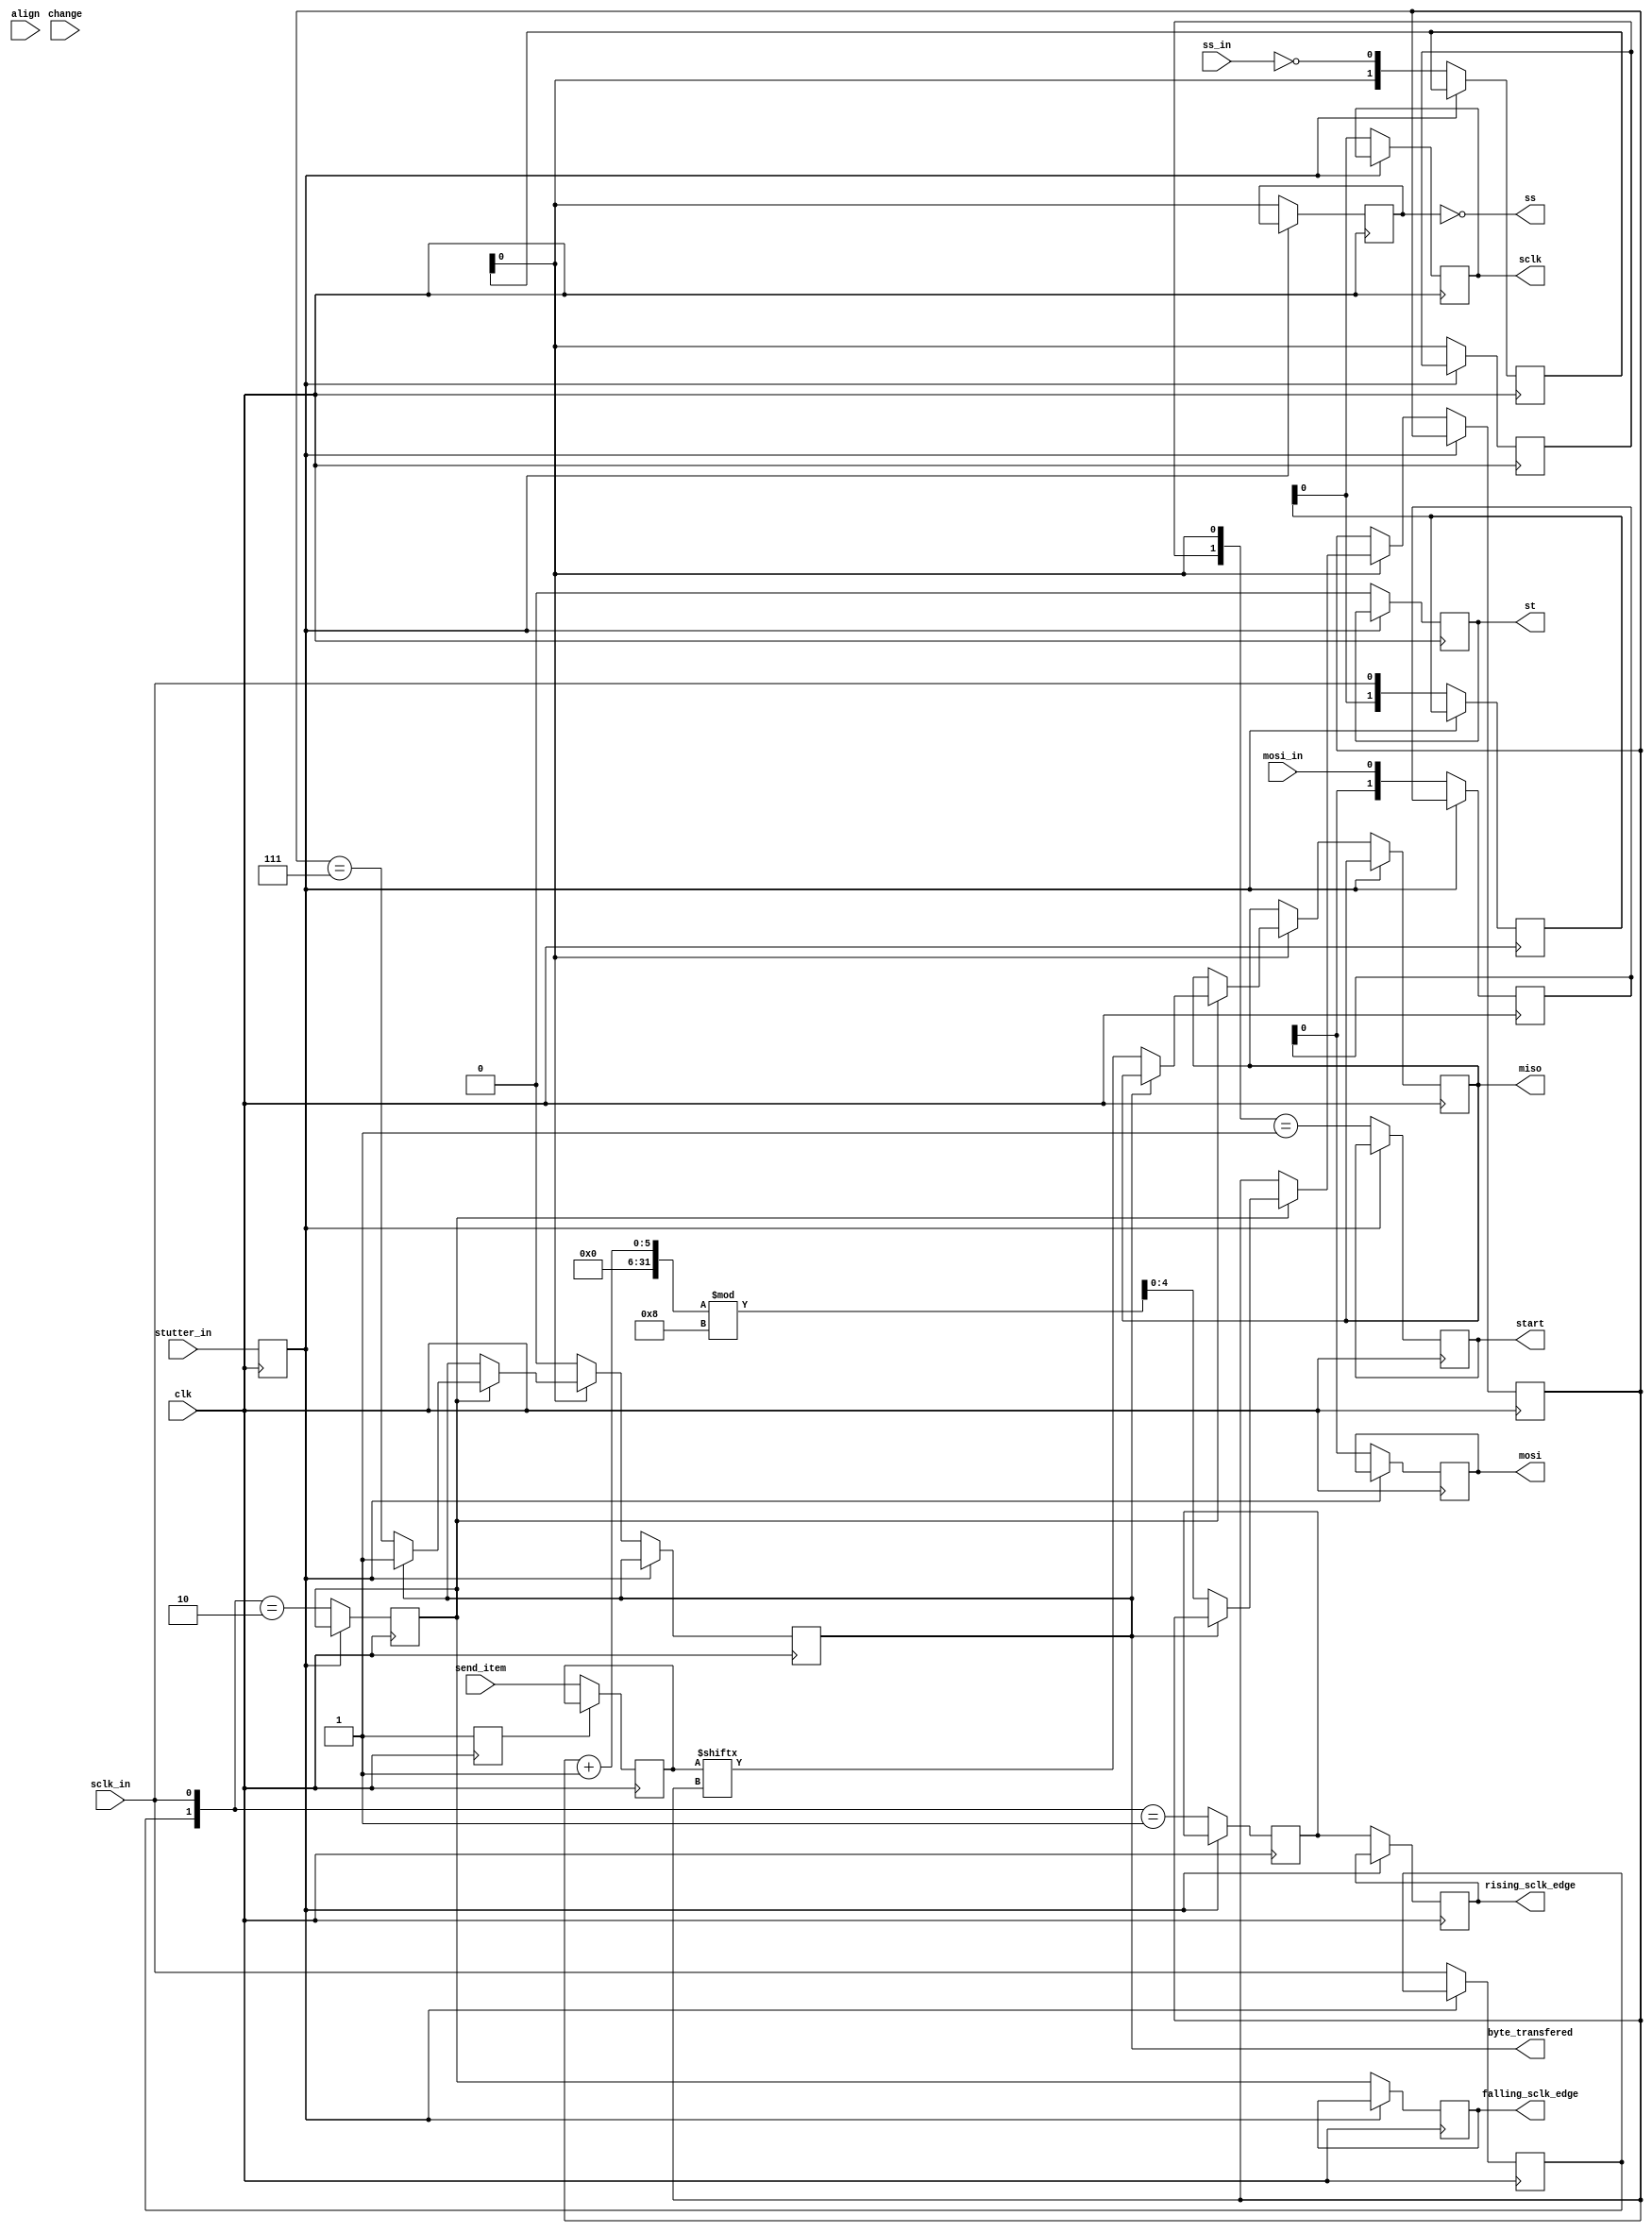
module SPISlave(
    input clk,
    input stutter_in, change, align,
    // SPI
    input sclk_in,
    input mosi_in,
    input ss_in,
    output reg miso,
    output reg byte_transfered, 
    output reg sclk,
    output reg mosi,
    output ss,
    output reg st,
    output reg rising_sclk_edge,
    output reg falling_sclk_edge,
    output reg start,
    // Additional Input and Outputs
    input[7:0] send_item
);

//clock identification
reg rising_edge;
reg falling_edge;
reg prev_sclk;

//delay input because of clock identification
reg[1:0] sclk_d;
wire sclk_v;
assign sclk_v = sclk_d[0];
reg[1:0] mosi_d;
wire mosi_v;
assign mosi_v = mosi_d[0];
reg[1:0] en_d;
wire ss_v;
assign ss_v = ~en_d[0];
reg[1:0] stutter_d;
wire stutter_v;
assign stutter_v = stutter_d[0];

// receiving
reg[7:0] rx_buffer;
reg[4:0] rx_pos;
reg byte_received;

// help
reg prev_en;

// sending
reg[7:0] tx_buffer;
reg[4:0] tx_pos;

// enable trick
reg en;
assign ss = ~en;

initial begin
    // clock
    rising_edge <= 1'b0;
    falling_edge <= 1'b0;
    prev_sclk <= 1'b0;
    // inputs
    sclk_d <= 2'b00;
    mosi_d <= 2'b00;
    en_d <= 2'b00;
    stutter_d <= 2'b00;
    // receiving
    rx_buffer <= 8'b00000000;
    rx_pos <= 4'b0000;
    byte_received <= 1'b0;
    // sending
    tx_buffer <= 8'b00000000;
    tx_pos <= 4'b0000;
    byte_transfered <= 1'b0;
    // outputs
    miso <= 1'b0;
    mosi <= 1'b0;
    sclk <= 1'b0;
    en <= 1'b0;
    st <= 1'b0;
    rising_sclk_edge <= 1'b0;
    falling_sclk_edge <= 1'b0;
    start <= 1'b0;
    prev_en <= 1'b0;
end

always @(posedge clk) begin
    stutter_d <= {stutter_d[0], stutter_in};
    if(!stutter_v) begin
       // clock
        rising_edge <= ({prev_sclk,sclk_in} == 2'b01);
        falling_edge <= ({prev_sclk,sclk_in} == 2'b10);
        prev_sclk <= sclk_in;
        // input delay
        sclk_d <= {sclk_d[0], sclk_in};
        mosi_d <= {mosi_d[0], mosi_in};
        en_d <= {en_d[0], ~ss_in};
        // active
        if (!ss_v) begin
            // receiving
            if(rising_edge) begin
                if(!byte_received) begin
                    rx_pos <= (rx_pos + 4'b0001) % 8;
                    rx_buffer <= {rx_buffer[6:0], mosi_v};
                    byte_received <= (rx_pos == 4'b0111);
                end 
            end
            //sending
            if(falling_edge) begin
                if(!byte_transfered) begin
                    tx_pos <= (tx_pos + 4'b0001) % 8;
                    miso <= tx_buffer[tx_pos];
                    byte_transfered <= (tx_pos == 4'b0111);
                end
            end
        end else begin
            byte_received <= 1'b0;
            byte_transfered <= 1'b0;
        end
        //outputs
        sclk <= sclk_v;
        mosi <= mosi_v;
        en <= ~ss_v;
        st <= stutter_v;
        rising_sclk_edge <= rising_edge;
        falling_sclk_edge <= falling_edge;
        prev_en <= ~ss_v;
        start <= ({prev_en,~ss_v} == 2'b01);
    end
end

// Write input to tx_buffer in first step
reg not_first_cycle;

initial begin
    not_first_cycle <= 1'b0;
end

always @(posedge clk) begin
    if (!not_first_cycle) begin
        not_first_cycle <= 1'b1;
        tx_buffer <= send_item;
    end
end

endmodule
// yosys -p "hierarchy -top SPISlave; proc; flatten; techmap -map +/dff2ff.v; delete SPISlave/clk; synth; aigmap; write_aiger -ascii -symbols spi_slave.aag" spi_slave.v